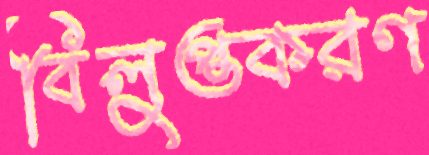
বিলুপ্তকরণ